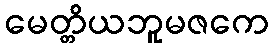
မေတ္တိယဘူမဇကေ